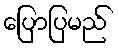
ပြောပြမည်